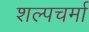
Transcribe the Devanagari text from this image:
शल्पचर्मा